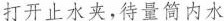
打开止水夹，待量筒内水